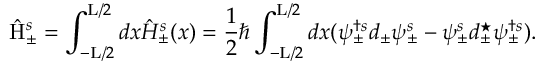
\hat { \mathrm { H } } _ { \pm } ^ { s } = \int _ { - \mathrm { L } / 2 } ^ { \mathrm { L } / 2 } d x \hat { \cal H } _ { \pm } ^ { s } ( x ) = \frac { 1 } { 2 } \hbar \int _ { - \mathrm { L } / 2 } ^ { \mathrm { L } / 2 } d x ( \psi _ { \pm } ^ { \dagger s } d _ { \pm } \psi _ { \pm } ^ { s } - \psi _ { \pm } ^ { s } d _ { \pm } ^ { \star } \psi _ { \pm } ^ { \dagger s } ) .